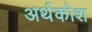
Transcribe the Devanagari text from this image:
अर्थकोश